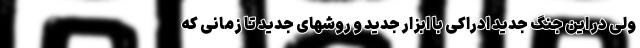
ولی در این جنگ جدید ادراکی با ابزار جدید و روشهای جدید تا زمانی که